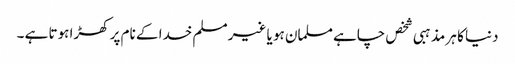
دنیا کا ہر مذہبی شخص چاہے مسلمان ہو یا غیر مسلم خدا کے نام پر کھڑا ہوتا ہے ۔